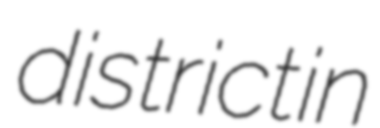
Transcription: district in